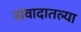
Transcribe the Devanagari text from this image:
संवादातल्या